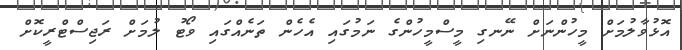
އޮޅުވާލުމަށް މީހުންނަށް ނޭނގި މީސްމީހުންގެ ނަމުގައި އެހެން ތަނެއްގައި ވޯޓު ލުމަށް ރަޖިސްޓްރީކޮށް